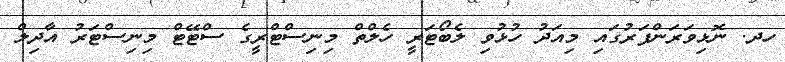
ހދ. ނޮޅިވަރަންފަރުގައި މިއަދު ހުޅުވި ލެބޯޓަރީ ހެލްތް މިނިސްޓްރީގެ ސްޓޭޓް މިނިސްޓަރު އާދިލް